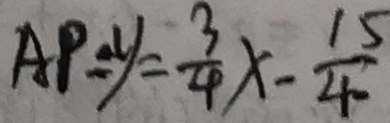
A P = y = \frac { 3 } { 4 } x - \frac { 1 5 } { 4 0 }